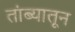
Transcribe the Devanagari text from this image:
तांब्यातून